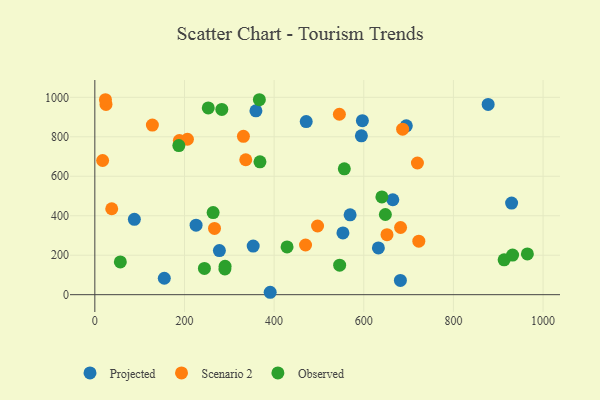
{"axis": {"x": "Ad Spend", "y": "Sales"}, "legend": ["Observed", "Projected", "Scenario 2"], "data": [{"x": "155.0", "y": 83.3, "type": "Projected"}, {"x": "353.3", "y": 246.5, "type": "Projected"}, {"x": "553.5", "y": 313.0, "type": "Projected"}, {"x": "877.5", "y": 963.8, "type": "Projected"}, {"x": "359.4", "y": 931.7, "type": "Projected"}, {"x": "277.9", "y": 223.6, "type": "Projected"}, {"x": "681.7", "y": 72.3, "type": "Projected"}, {"x": "929.8", "y": 464.1, "type": "Projected"}, {"x": "596.9", "y": 881.5, "type": "Projected"}, {"x": "391.2", "y": 12.2, "type": "Projected"}, {"x": "594.7", "y": 804.7, "type": "Projected"}, {"x": "88.2", "y": 381.9, "type": "Projected"}, {"x": "471.6", "y": 877.3, "type": "Projected"}, {"x": "694.9", "y": 855.8, "type": "Projected"}, {"x": "569.5", "y": 404.5, "type": "Projected"}, {"x": "225.9", "y": 352.3, "type": "Projected"}, {"x": "664.8", "y": 480.9, "type": "Projected"}, {"x": "632.6", "y": 237.1, "type": "Projected"}, {"x": "37.7", "y": 435.4, "type": "Scenario 2"}, {"x": "267.0", "y": 335.7, "type": "Scenario 2"}, {"x": "336.7", "y": 683.7, "type": "Scenario 2"}, {"x": "17.4", "y": 679.8, "type": "Scenario 2"}, {"x": "719.7", "y": 667.1, "type": "Scenario 2"}, {"x": "651.8", "y": 303.9, "type": "Scenario 2"}, {"x": "331.5", "y": 802.2, "type": "Scenario 2"}, {"x": "24.9", "y": 964.2, "type": "Scenario 2"}, {"x": "206.6", "y": 787.6, "type": "Scenario 2"}, {"x": "686.7", "y": 838.7, "type": "Scenario 2"}, {"x": "23.7", "y": 987.8, "type": "Scenario 2"}, {"x": "188.6", "y": 780.9, "type": "Scenario 2"}, {"x": "496.9", "y": 348.1, "type": "Scenario 2"}, {"x": "470.1", "y": 251.7, "type": "Scenario 2"}, {"x": "545.6", "y": 914.2, "type": "Scenario 2"}, {"x": "128.4", "y": 859.4, "type": "Scenario 2"}, {"x": "722.8", "y": 271.3, "type": "Scenario 2"}, {"x": "682.1", "y": 340.4, "type": "Scenario 2"}, {"x": "913.1", "y": 176.7, "type": "Observed"}, {"x": "368.4", "y": 673.4, "type": "Observed"}, {"x": "290.6", "y": 143.8, "type": "Observed"}, {"x": "556.6", "y": 637.8, "type": "Observed"}, {"x": "283.3", "y": 938.4, "type": "Observed"}, {"x": "428.9", "y": 242.2, "type": "Observed"}, {"x": "546.2", "y": 149.7, "type": "Observed"}, {"x": "290.2", "y": 130.7, "type": "Observed"}, {"x": "367.1", "y": 987.8, "type": "Observed"}, {"x": "932.0", "y": 200.9, "type": "Observed"}, {"x": "965.0", "y": 206.3, "type": "Observed"}, {"x": "56.9", "y": 165.9, "type": "Observed"}, {"x": "187.4", "y": 755.7, "type": "Observed"}, {"x": "244.5", "y": 132.9, "type": "Observed"}, {"x": "253.1", "y": 946.1, "type": "Observed"}, {"x": "263.9", "y": 415.8, "type": "Observed"}, {"x": "648.2", "y": 406.3, "type": "Observed"}, {"x": "640.4", "y": 495.4, "type": "Observed"}]}